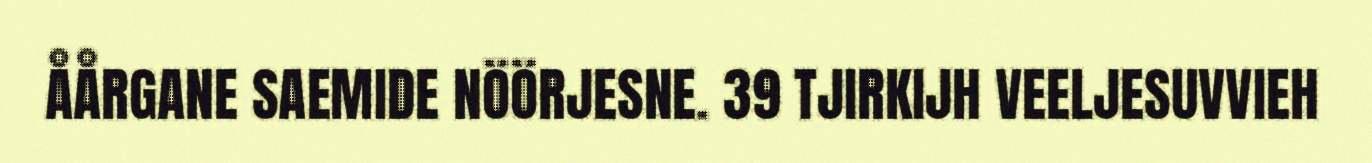
ÅÅRGANE SAEMIDE NÖÖRJESNE. 39 TJIRKIJH VEELJESUVVIEH